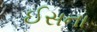
ઈસના